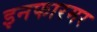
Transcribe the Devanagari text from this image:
इनफारमर